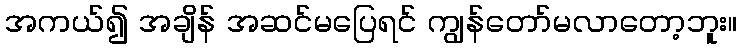
အကယ်၍ အချိန် အဆင်မပြေရင် ကျွန်တော်မလာတော့ဘူး။